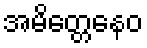
အမိတ္တေနေဝ